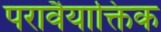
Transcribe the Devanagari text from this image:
परावैयाक्तिक